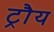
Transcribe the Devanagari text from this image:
ट्रौय